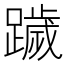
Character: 䠩